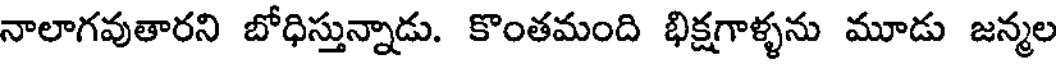
నాలాగవుతారని బోధిస్తున్నాడు. కొంతమంది భిక్షగాళ్ళను మూడు జన్మల